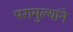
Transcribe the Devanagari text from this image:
परामुल्यांने